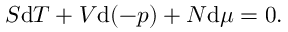
S \mathrm { d } T + V \mathrm { d } ( - p ) + N \mathrm { d } \mu = 0 .